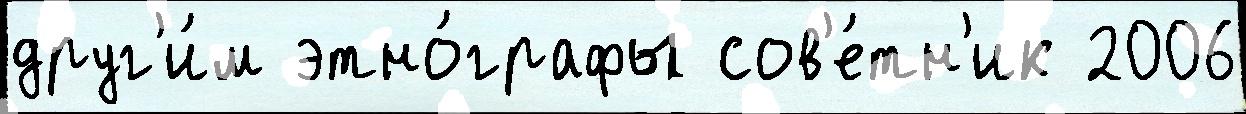
друг'и́м этно́графы сов'е́тн'ик 2006